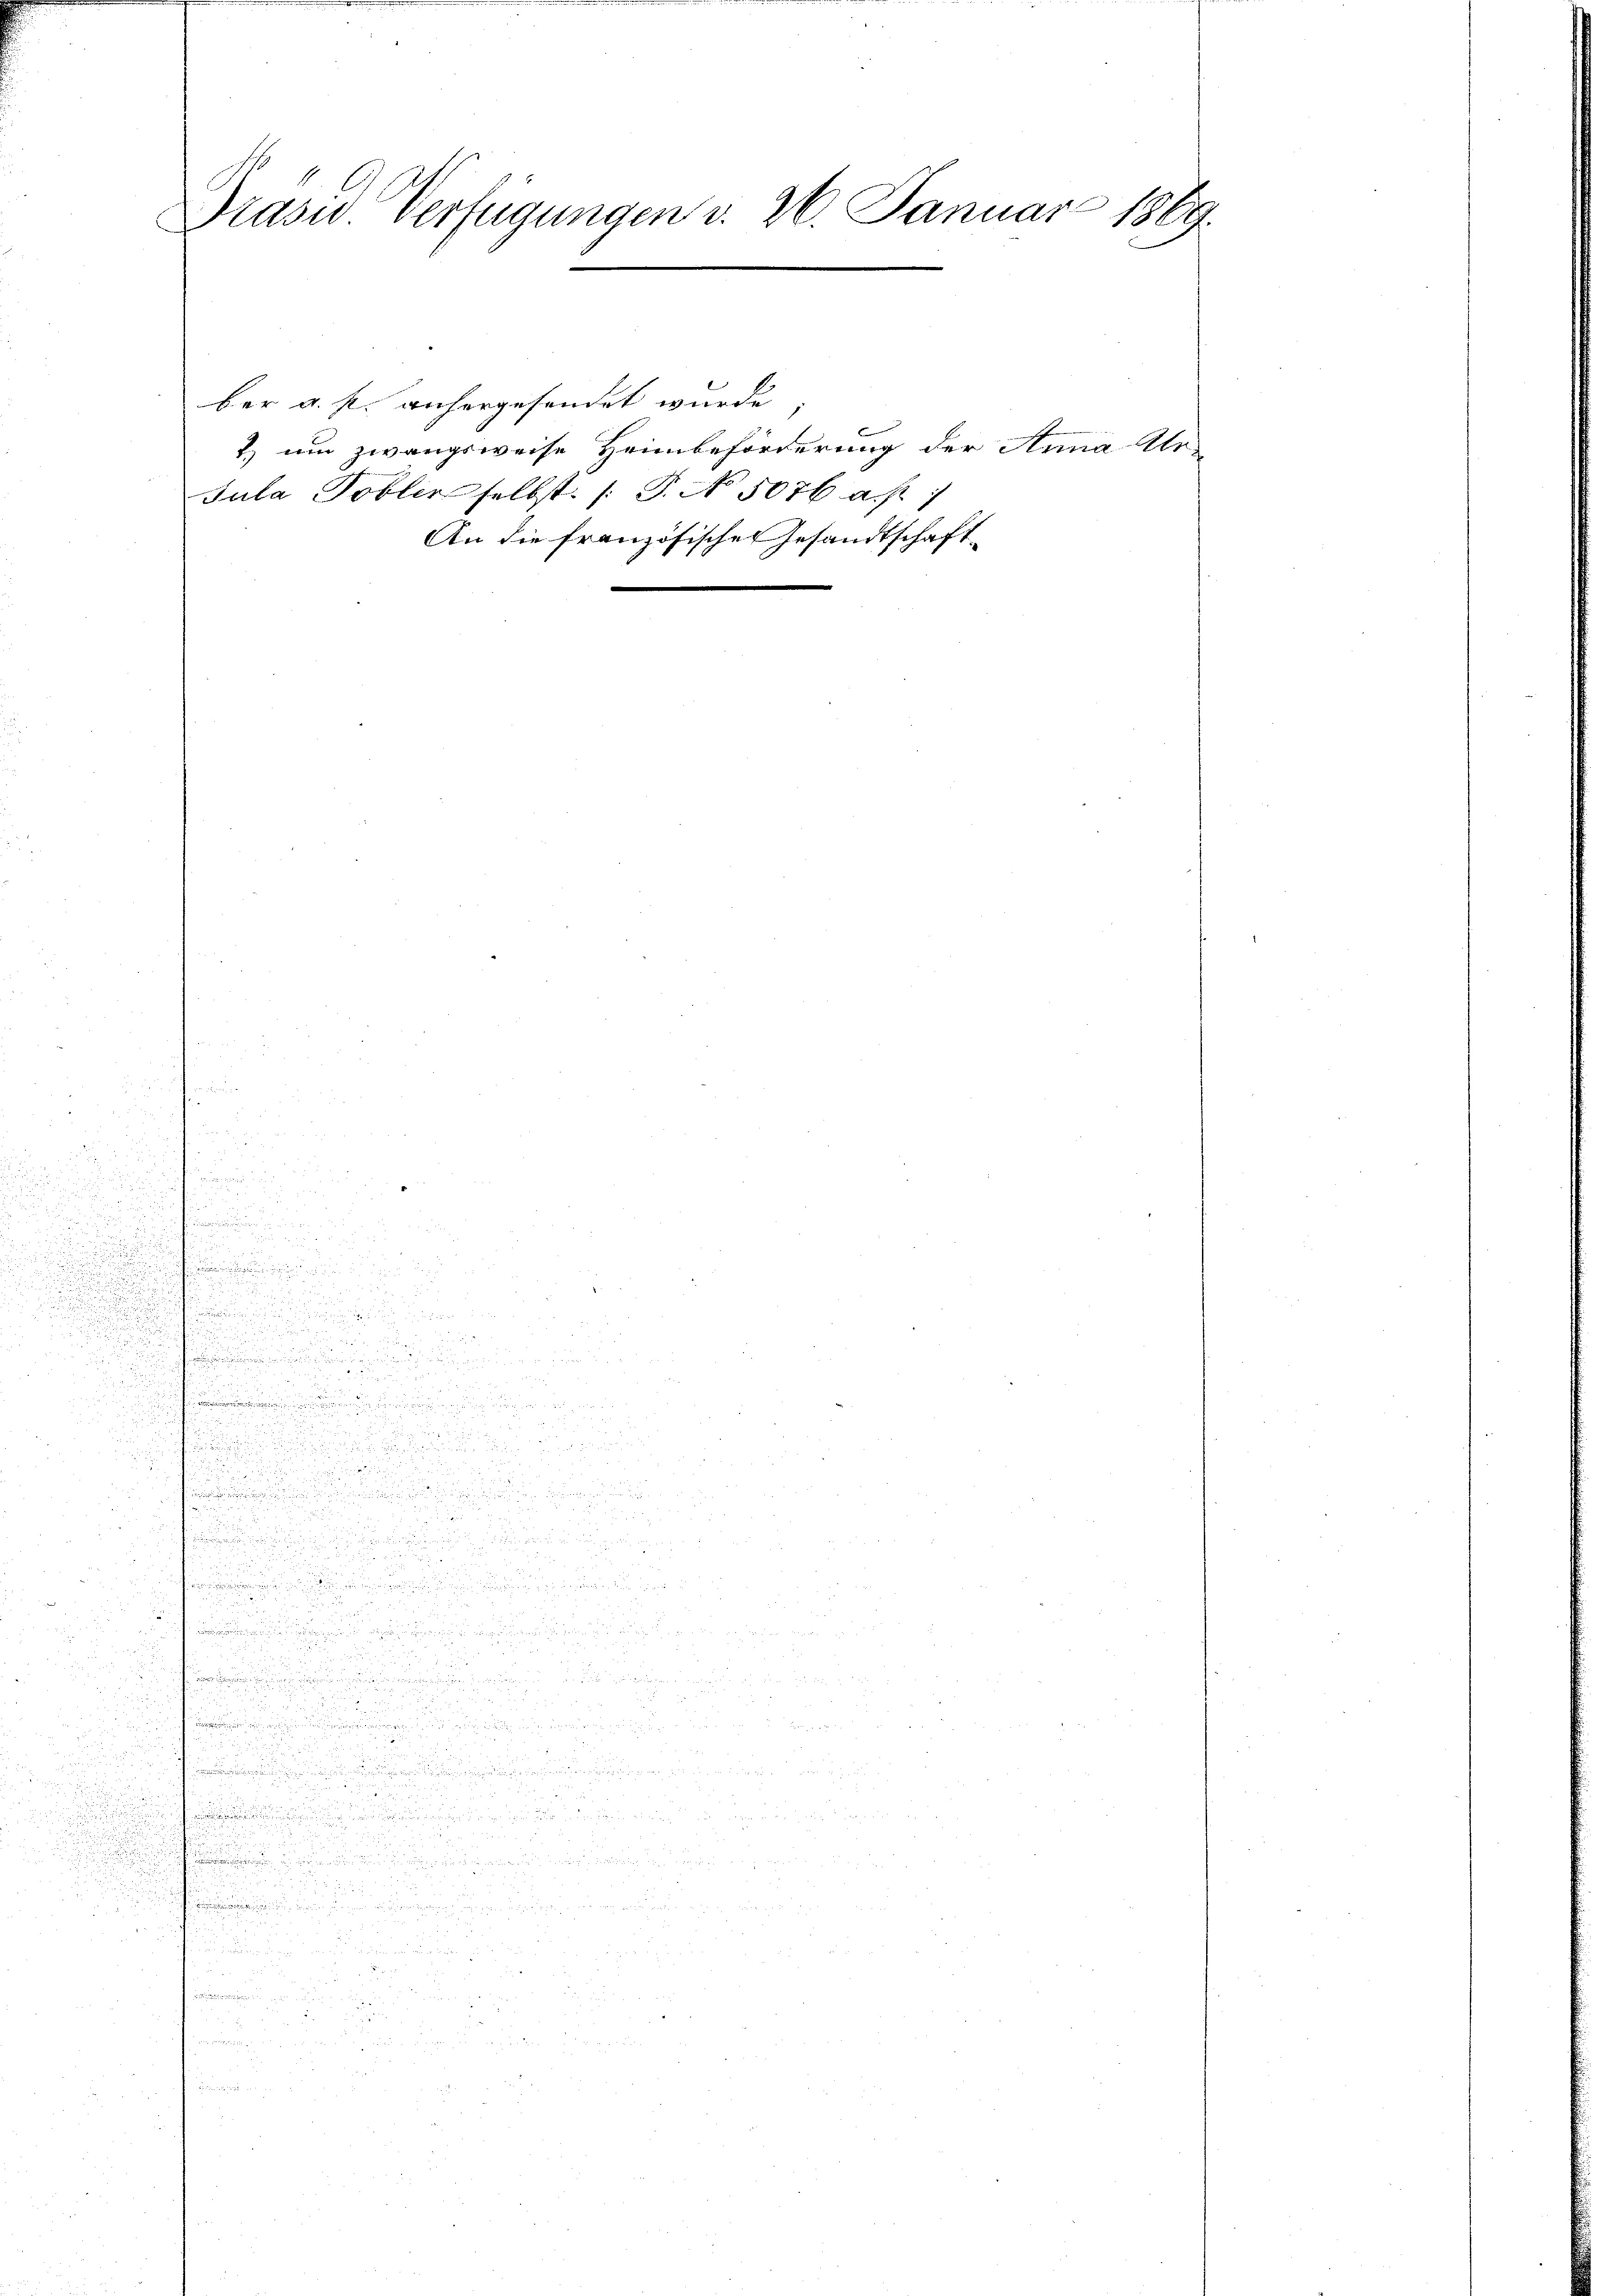
.
u

Prasis Verfügungen v. 26. Januar 1869.

.

winen

u

t
u
.
i

.
.
5

.
e

u

1

n
s

.

.

n
u

u

.

der u. s. anhergesendet wurde
1 um Zwangsweise Heinbeforderung der Anna Ar¬
Jula Tobler selbst. (T. No. 5076 a. f.
An die Französischen Gesandtschaft